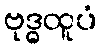
ဗုဒ္ဓထူပံ